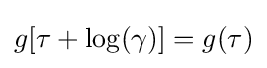
g[\tau +\log(\gamma )]=g(\tau )